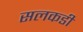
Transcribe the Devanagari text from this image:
सलकडी